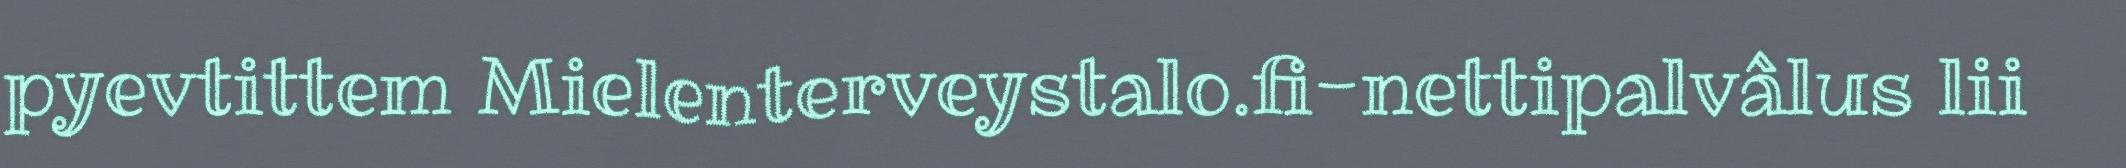
pyevtittem Mielenterveystalo.fi-nettipalvâlus lii